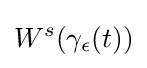
W^{s}(\gamma _{\epsilon }(t))